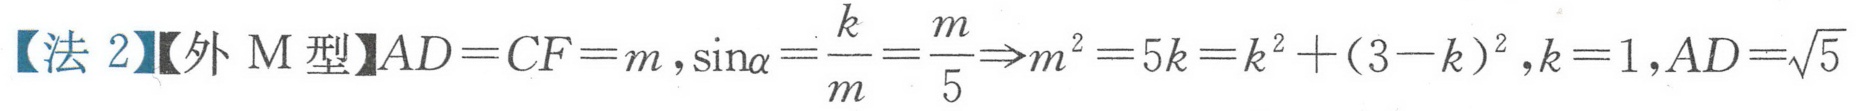
【法 2】【外 M 型】\(AD = CF = m\)，\(\sin\alpha=\frac{k}{m}=\frac{m}{5}\Rightarrow m^{2}=5k = k^{2}+(3 - k)^{2}\)，\(k = 1\)，\(AD=\sqrt{5}\)